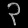
Digit: ၃